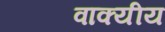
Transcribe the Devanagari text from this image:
वाक्यीय